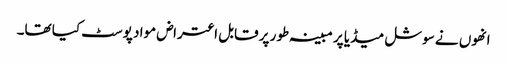
انھوں نے سوشل میڈیا پر مبینہ طور پر قابل اعتراض مواد پوسٹ کیا تھا۔